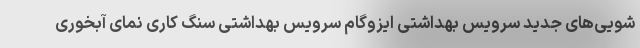
شویی‌های جدید سرویس بهداشتی ایزوگام سرویس بهداشتی سنگ کاری نمای آبخوری